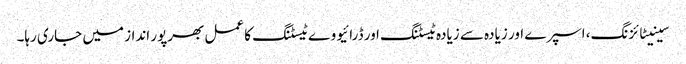
سینیٹائزنگ، اسپرے اور زیادہ سے زیادہ ٹیسٹنگ اور ڈرائیو وے ٹیسٹنگ کا عمل بھرپور انداز میں جاری رہا۔